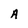
Character: A